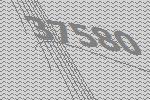
37580